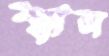
শ্বাস